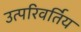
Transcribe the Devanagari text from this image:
उत्परिवर्तिय